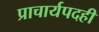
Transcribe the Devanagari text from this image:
प्राचार्यपदही